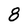
Character: 8